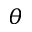
\boldsymbol { \theta }